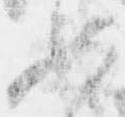
如